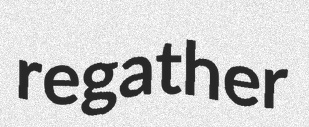
regather